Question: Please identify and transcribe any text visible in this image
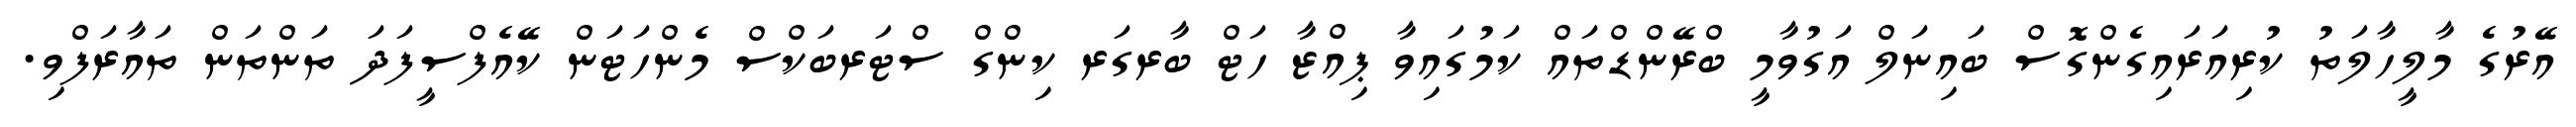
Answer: އޭރުގެ މާލީހާލަތު ކުރިއަރައިގެންގޮސް ބައިނަލް އަގުވާމީ ބްރޭންޑްތައް ކަމުގައިވާ ޕިއްޒާ ހަޓް ބާރގަރ ކިންގް ސްޓަރބަކްސް މެންހަޓަން ކޭއެފްސީފަދަ ތަންތަން ތައާރަފްވި.